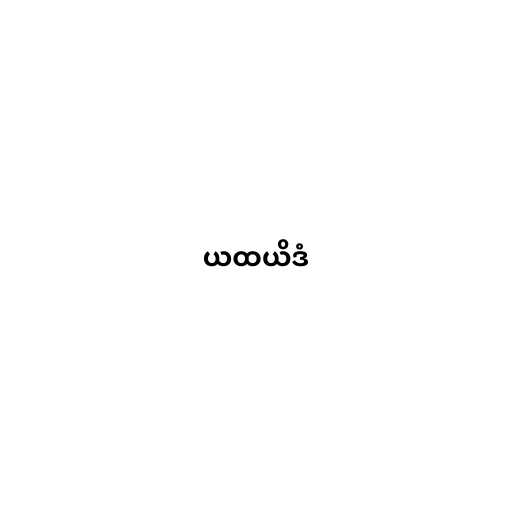
ယထယိဒံ